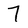
Character: 7